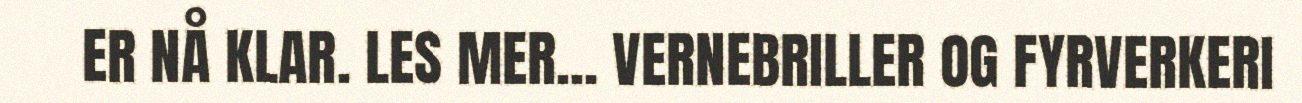
ER NÅ KLAR. LES MER... VERNEBRILLER OG FYRVERKERI